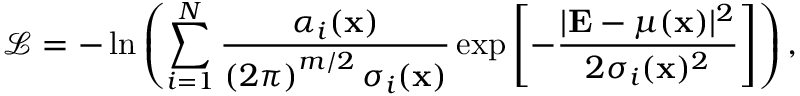
\mathcal { L } = - \ln \left( \sum _ { i = 1 } ^ { N } \frac { \alpha _ { i } ( \mathbf { x } ) } { \left( 2 \pi \right) ^ { m / 2 } \sigma _ { i } ( \mathbf { x } ) } \exp { \left[ - \frac { | \mathbf { E } - \mu ( \mathbf { x } ) | ^ { 2 } } { 2 \sigma _ { i } ( \mathbf { x } ) ^ { 2 } } \right] } \right) ,